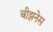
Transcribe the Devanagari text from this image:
बीझनेस